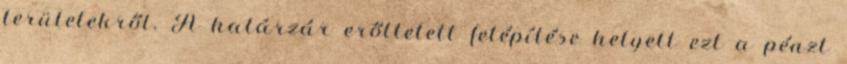
területekről. A határzár erőltetett felépítése helyett ezt a pénzt